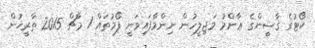
ކޯޓުގެ ޤާޟީންގެ ޢާންމު މަޖިލީހުން ނިންމާފައިވަނީ ފޯމުތައް 1 މާޗް 2015 ތާރީޚުން